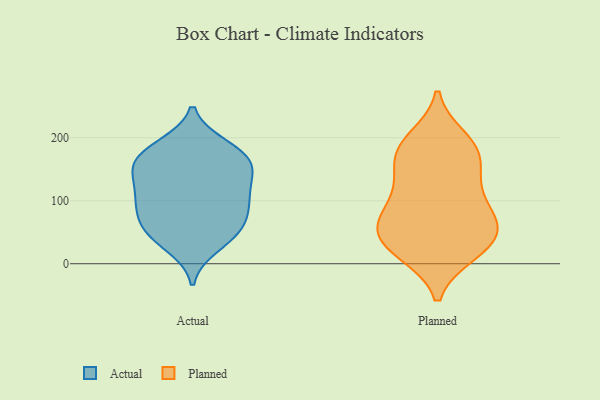
{"axis": {"x": "Energy Usage (MWh)", "y": "Value"}, "legend": ["Actual", "Planned"], "data": [{"x": "", "y": 154, "type": "Actual"}, {"x": "", "y": 69, "type": "Actual"}, {"x": "", "y": 187, "type": "Actual"}, {"x": "", "y": 109, "type": "Actual"}, {"x": "", "y": 58, "type": "Actual"}, {"x": "", "y": 132, "type": "Actual"}, {"x": "", "y": 28, "type": "Actual"}, {"x": "", "y": 107, "type": "Actual"}, {"x": "", "y": 179, "type": "Actual"}, {"x": "", "y": 43, "type": "Actual"}, {"x": "", "y": 152, "type": "Actual"}, {"x": "", "y": 154, "type": "Actual"}, {"x": "", "y": 181, "type": "Actual"}, {"x": "", "y": 160, "type": "Actual"}, {"x": "", "y": 78, "type": "Actual"}, {"x": "", "y": 46, "type": "Actual"}, {"x": "", "y": 108, "type": "Actual"}, {"x": "", "y": 91, "type": "Actual"}, {"x": "", "y": 70, "type": "Planned"}, {"x": "", "y": 44, "type": "Planned"}, {"x": "", "y": 111, "type": "Planned"}, {"x": "", "y": 84, "type": "Planned"}, {"x": "", "y": 124, "type": "Planned"}, {"x": "", "y": 52, "type": "Planned"}, {"x": "", "y": 156, "type": "Planned"}, {"x": "", "y": 40, "type": "Planned"}, {"x": "", "y": 183, "type": "Planned"}, {"x": "", "y": 183, "type": "Planned"}, {"x": "", "y": 17, "type": "Planned"}, {"x": "", "y": 20, "type": "Planned"}, {"x": "", "y": 20, "type": "Planned"}, {"x": "", "y": 184, "type": "Planned"}, {"x": "", "y": 75, "type": "Planned"}, {"x": "", "y": 145, "type": "Planned"}, {"x": "", "y": 198, "type": "Planned"}, {"x": "", "y": 63, "type": "Planned"}]}